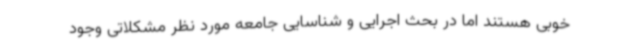
خوبی هستند اما در بحث اجرایی و شناسایی جامعه مورد نظر مشکلاتی وجود